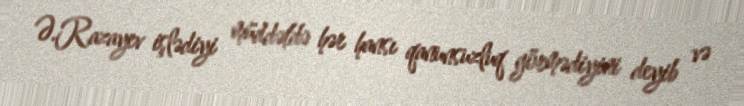
Ə.Razayev işlədiyi müddətdə hər hansı qanunsuzluq görmədiyini deyib və